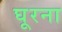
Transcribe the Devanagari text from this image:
घूरना